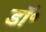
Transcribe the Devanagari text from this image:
डाॅ॰